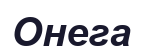
Онега